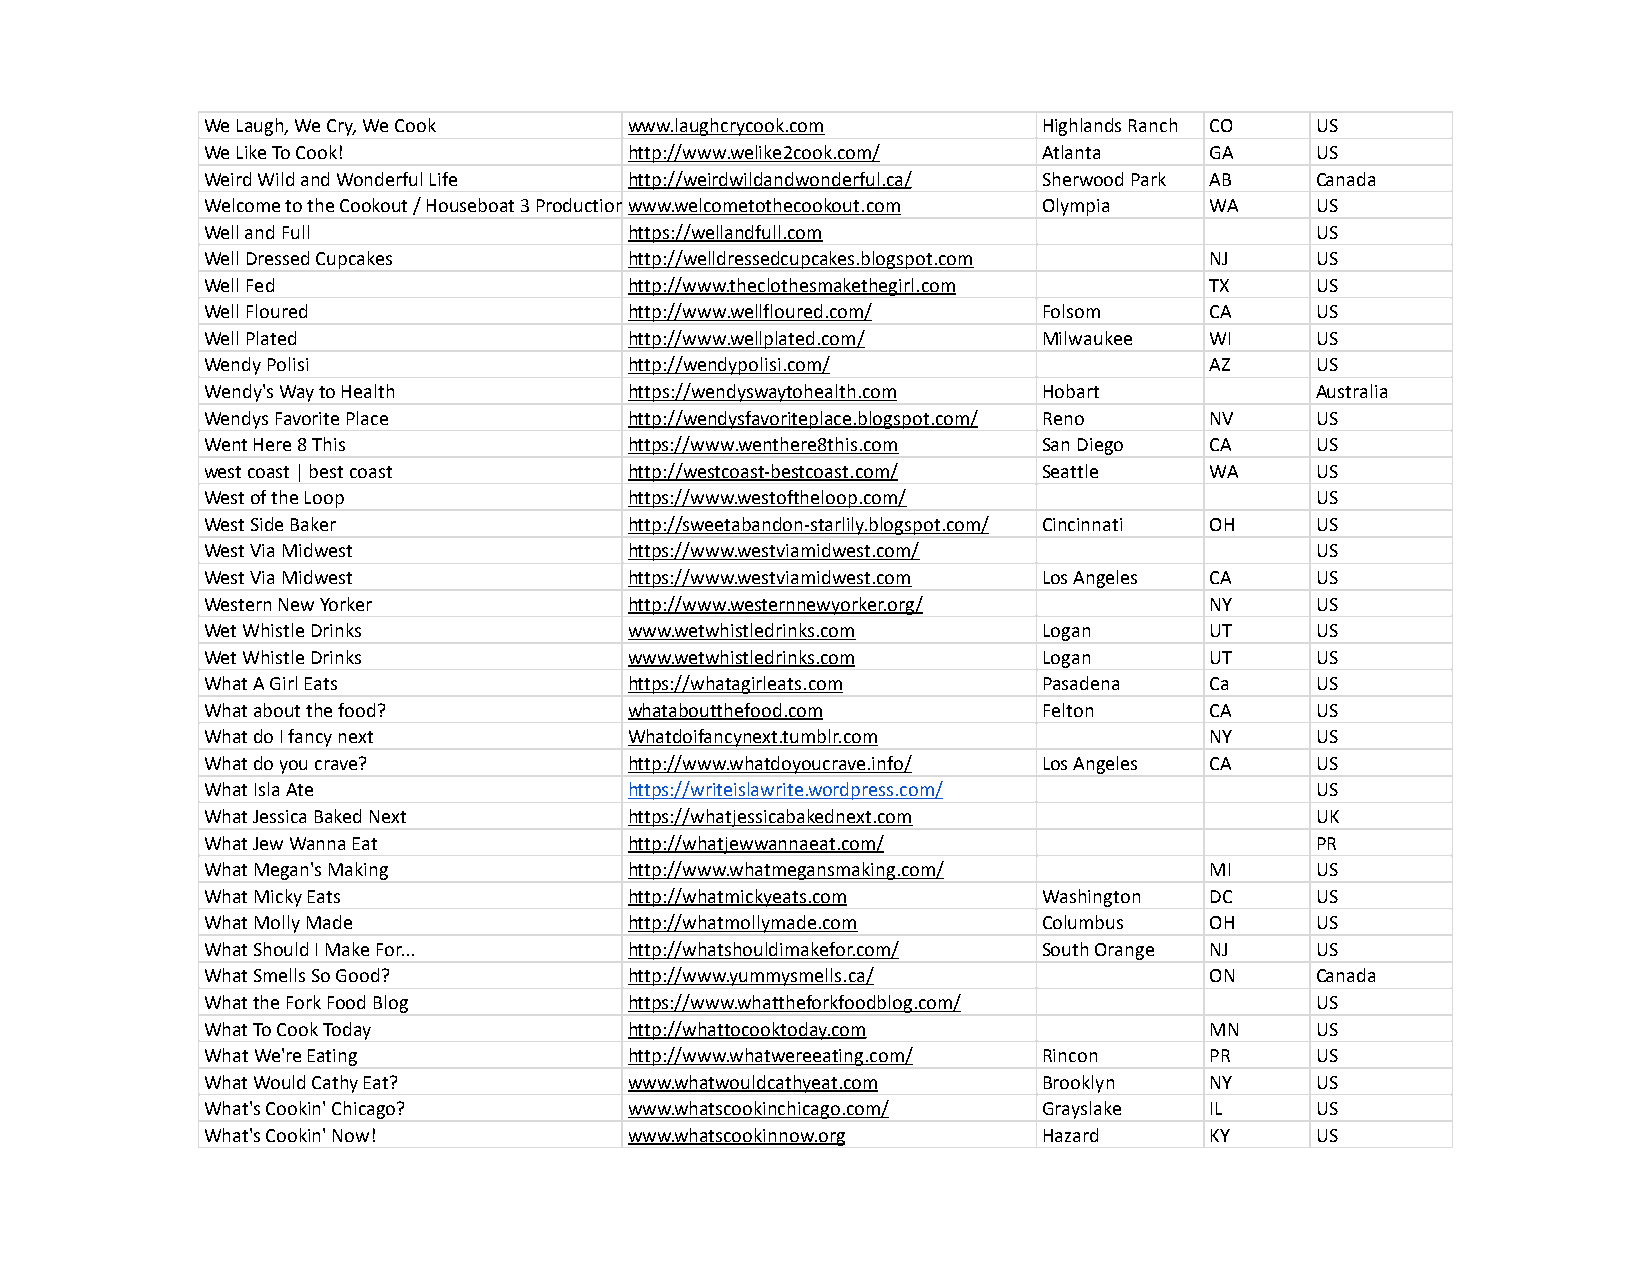
We Laugh, We Cry, We Cook   www.laughcrycook.com       Highlands Ranch CO US
 We Like To Cook!            http://www.welike2cook.com/ Atlanta   GA     US
 Weird Wild and Wonderful Life http://weirdwildandwonderful.ca/ Sherwood Park AB Canada
 Welcome to the Cookout / Houseboat 3 Productionswww.welcometothecookout.com Olympia WA US
 Well and Full               https://wellandfull.com                      US
 Well Dressed Cupcakes       http://welldressedcupcakes.blogspot.com NJ   US
 Well Fed                    http://www.theclothesmakethegirl.com  TX     US
 Well Floured                http://www.wellfloured.com/ Folsom    CA     US
 Well Plated                 http://www.wellplated.com/ Milwaukee  WI     US
 Wendy Polisi                http://wendypolisi.com/               AZ     US
 Wendy's Way to Health       https://wendyswaytohealth.com Hobart         Australia
 Wendys Favorite Place       http://wendysfavoriteplace.blogspot.com/ Reno NV US
 Went Here 8 This            https://www.wenthere8this.com San Diego CA   US
 west coast | best coast     http://westcoast-bestcoast.com/ Seattle WA   US
 West of the Loop            https://www.westoftheloop.com/               US
 West Side Baker             http://sweetabandon-starlily.blogspot.com/ Cincinnati OH US
 West Via Midwest            https://www.westviamidwest.com/              US
 West Via Midwest            https://www.westviamidwest.com Los Angeles CA US
 Western New Yorker          http://www.westernnewyorker.org/      NY     US
 Wet Whistle Drinks          www.wetwhistledrinks.com   Logan      UT     US
 Wet Whistle Drinks          www.wetwhistledrinks.com   Logan      UT     US
 What A Girl Eats            https://whatagirleats.com  Pasadena   Ca     US
 What about the food?        whataboutthefood.com       Felton     CA     US
 What do I fancy next        Whatdoifancynext.tumblr.com           NY     US
 What do you crave?          http://www.whatdoyoucrave.info/ Los Angeles CA US
 What Isla Ate               https://writeislawrite.wordpress.com/        US
 What Jessica Baked Next     https://whatjessicabakednext.com             UK
 What Jew Wanna Eat          http://whatjewwannaeat.com/                  PR
 What Megan's Making         http://www.whatmegansmaking.com/      MI     US
 What Micky Eats             http://whatmickyeats.com   Washington DC     US
 What Molly Made             http://whatmollymade.com   Columbus   OH     US
 What Should I Make For...   http://whatshouldimakefor.com/ South Orange NJ US
 What Smells So Good?        http://www.yummysmells.ca/            ON     Canada
 What the Fork Food Blog     https://www.whattheforkfoodblog.com/         US
 What To Cook Today          http://whattocooktoday.com            MN     US
 What We're Eating           http://www.whatwereeating.com/ Rincon PR     US
 What Would Cathy Eat?       www.whatwouldcathyeat.com  Brooklyn   NY     US
 What's Cookin' Chicago?     www.whatscookinchicago.com/ Grayslake IL     US
 What's Cookin' Now!         www.whatscookinnow.org     Hazard     KY     US